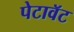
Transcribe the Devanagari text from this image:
पेटावॅट